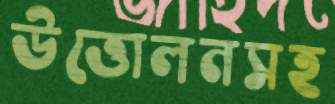
উত্তোলনসহ